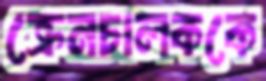
ক্রেনচালককে